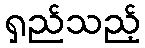
ရှည်သည့်